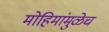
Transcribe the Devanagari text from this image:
मोहिमांमुळेच